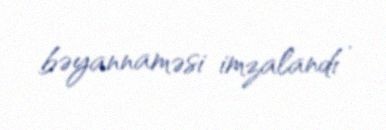
bəyannaməsi imzalandı .